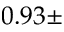
0 . 9 3 \pm